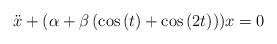
LaTeX: \begin{align*}\ddot{x}+(\alpha +\beta \left( \cos \left( t\right) +\cos \left( 2t\right)\right) )x=0 \end{align*}